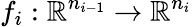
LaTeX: f_{i}:\mathbb{R}^{n_{i-1}}\to\mathbb{R}^{n_{i}}